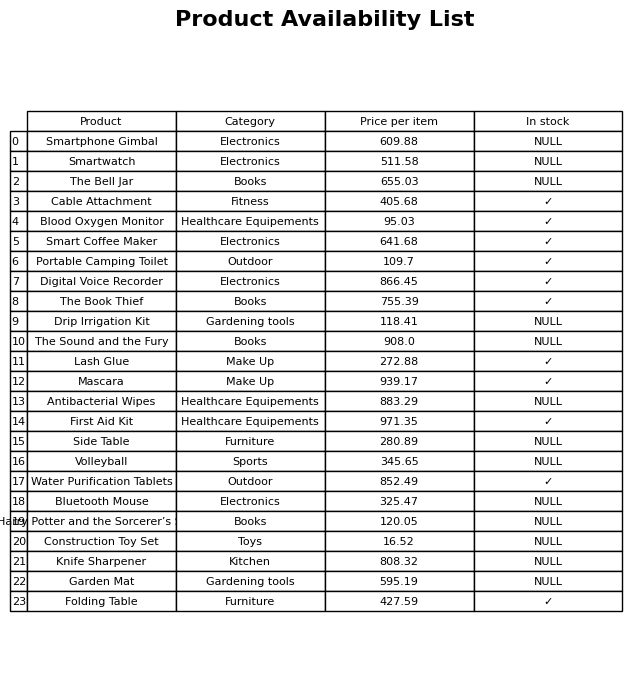
question: What is the price for Smartphone Gimbal?
answer: The price of Smartphone Gimbal is 609.88.